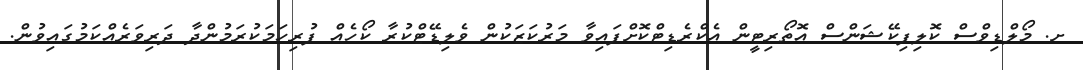
ށ. މޯލްޑިވްސް ކޮލިފިކޭޝަންސް އޮތޯރިޓީން އެކްރެޑިޓްކޮށްފައިވާ މަރުކަޒަކުން ވެލިޑޭޓްކުރާ ކޯހެއް ފުރިހަމަކުރަމުންދާ ދަރިވަރެއްކަމުގައިވުން.